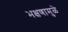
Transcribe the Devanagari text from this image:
भक्षणामुळे